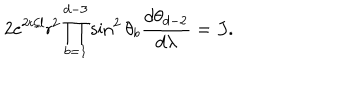
2 e ^ { 2 { \sf t } / l } { \sf r } ^ { 2 } \prod _ { b = 1 } ^ { d - 3 } \sin ^ { 2 } \theta _ { b } \frac { d \theta _ { d - 2 } } { d \lambda } = J .